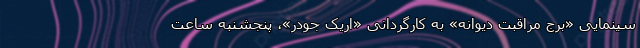
سینمایی «برج مراقبت دیوانه» به کارگردانی «اِریک جودُر»، پنجشنبه ساعت